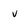
Character: v